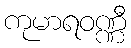
ကုမာရဝဏ္ဏီ